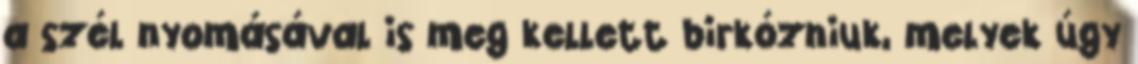
a szél nyomásával is meg kellett birkózniuk, melyek úgy